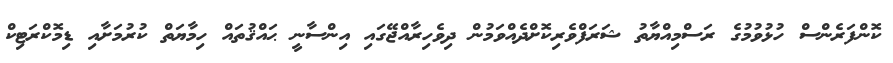
ކޮންފަރެންސް ހުޅުވުމުގެ ރަސްމިއްޔާތު ޝަރަފްވެރިކޮށްދެއްވަމުން ދިވެހިރާއްޖޭގައި އިންސާނީ ޙައްޤުތައް ހިމާޔަތް ކުރުމަށާއި ޑިމޮކްރަޓިކް